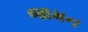
જામન